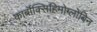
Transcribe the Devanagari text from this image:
कार्बॉक्सिहिमोग्लोबिन